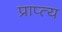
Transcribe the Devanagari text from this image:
प्राप्त्य